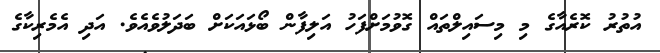
އުތުރު ކޮރެއާގެ މި މިސައިލްތައް ގޮވުމަށްފަހު އަލިފާން ބޯޅައަކަށް ބަދަލުވެއެވެ. އަދި އެމެރިކާގެ